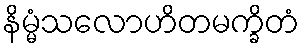
နိမ္မံသလောဟိတမက္ခိတံ